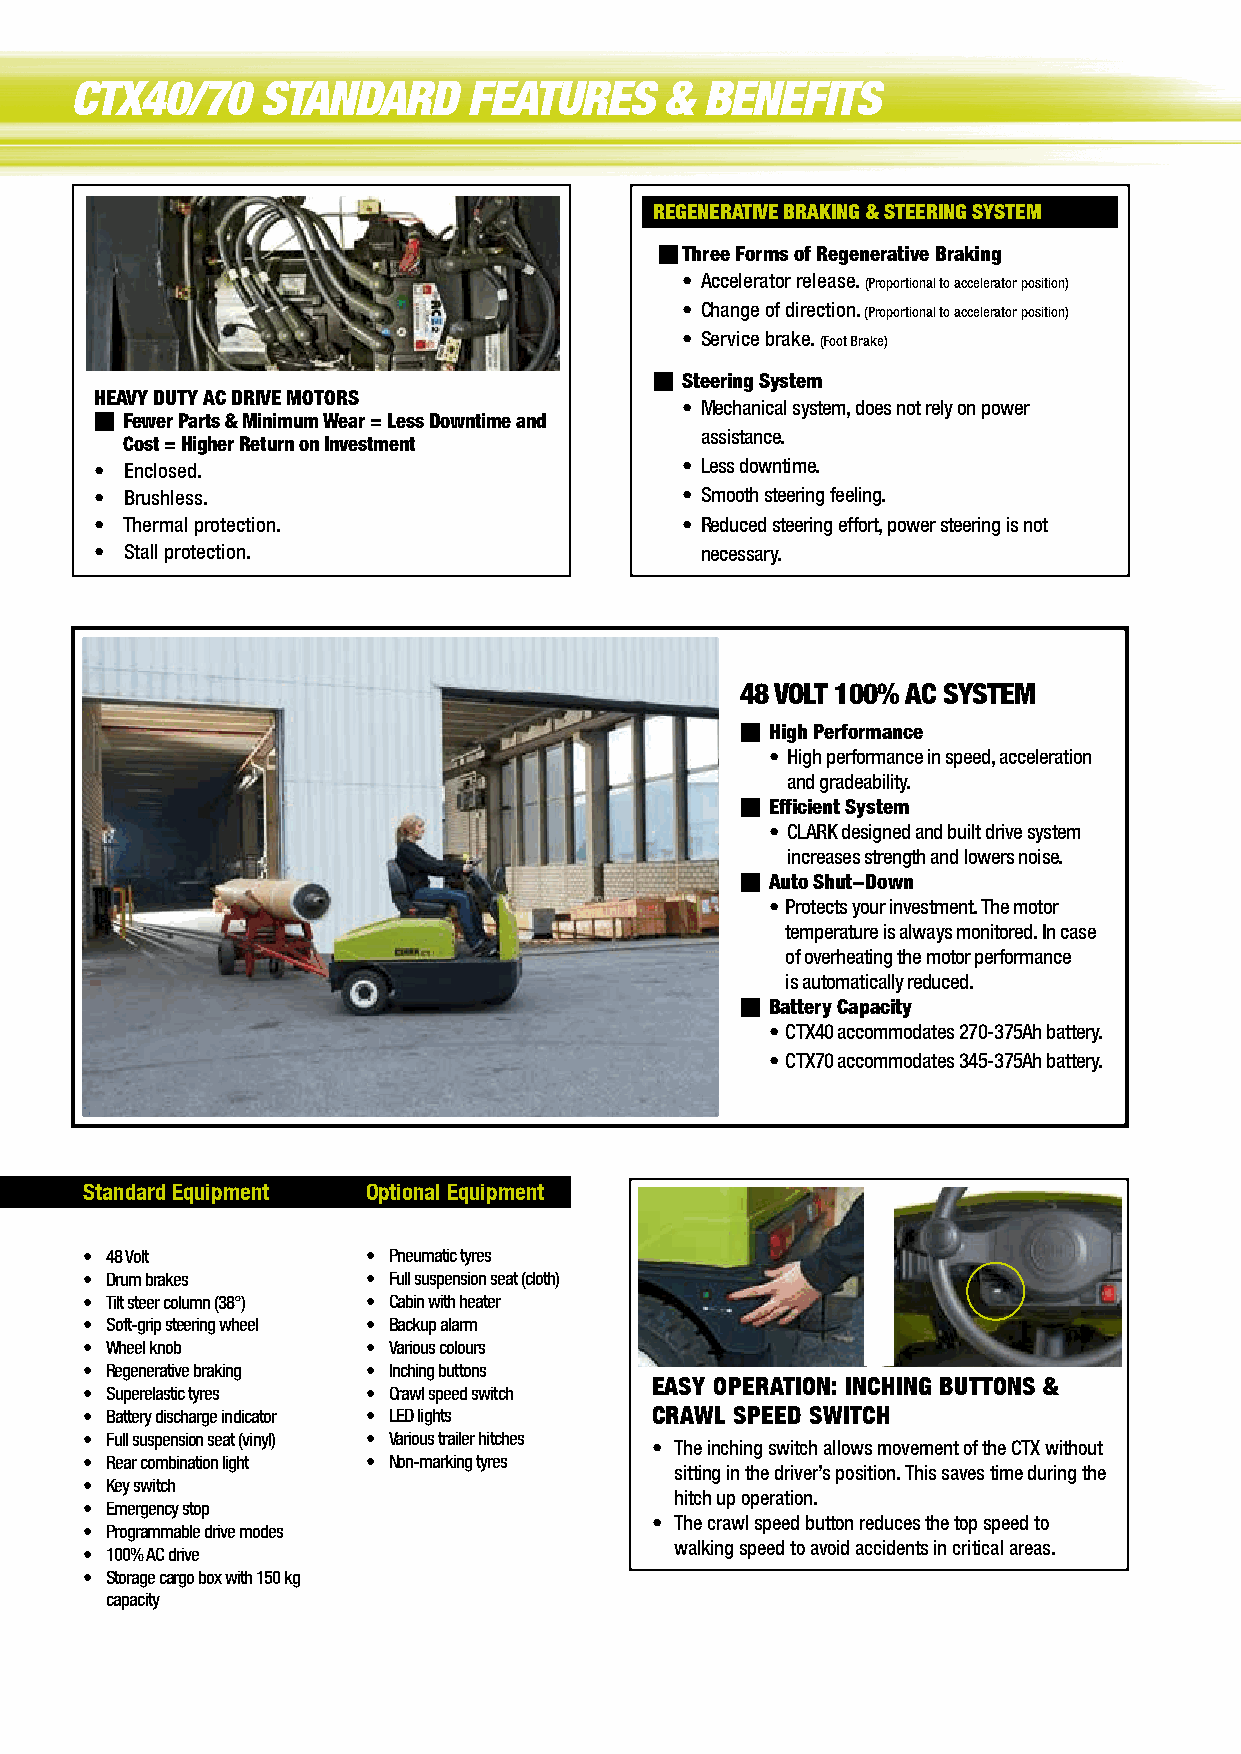
CTX40/70    STANDARD      FEATURES     &  BENEFITS
 REGENERATIVE BRAKING & STEERING SYSTEM
 n Three Forms of Regenerative Braking
 • Accelerator release. (Proportional to accelerator position)
 • Change of direction. (Proportional to accelerator position)
 • Service brake. (Foot Brake)
 n Steering System
 HEAVY DUTY AC DRIVE MOTORS
 • Mechanical system, does not rely on power
 n Fewer Parts & Minimum Wear = Less Downtime and
 assistance.
 Cost = Higher Return on Investment
 • Enclosed.                            • Less downtime.
 • Brushless.                           • Smooth steering feeling.
 • Thermal protection.                  • Reduced steering effort, power steering is not
 • Stall protection.                     necessary.
 48 VOLT 100% AC SYSTEM
 n High Performance
 • High performance in speed, acceleration
 and gradeability.
 n Effificient System
 • CLARK designed and built drive system
 increases strength and lowers noise.
 n Auto Shut-Down
 • Protects your investment. The motor
 temperature is always monitored. In case
 of overheating the motor performance
 is automatically reduced.
 n Battery Capacity
 • CTX40 accommodates 270-375Ah battery.
 • CTX70 accommodates 345-375Ah battery.
 Standard Equipment Optional Equipment
 • 48 Volt         • Pneumatic tyres
 • Drum brakes     • Full suspension seat (cloth)
 • Tilt steer column (38°) • Cabin with heater
 • Soft-grip steering wheel • Backup alarm
 • Wheel knob      • Various colours
 • Regenerative braking • Inching buttons
 EASY OPERATION: INCHING BUTTONS &
 • Superelastic tyres • Crawl speed switch
 • Battery discharge indicator • LED lights CRAWL SPEED SWITCH
 • Full suspension seat (vinyl) • Various trailer hitches
 • The inching switch allows movement of the CTX without
 • Rear combination light • Non-marking tyres
 sitting in the driver’s position. This saves time during the
 • Key switch
 hitch up operation.
 • Emergency stop
 • The crawl speed button reduces the top speed to
 • Programmable drive modes
 walking speed to avoid accidents in critical areas.
 • 100% AC drive
 • Storage cargo box with 150 kg
 capacity